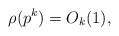
\begin{align*}\rho(p^k)=O_k(1),\end{align*}